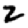
Digit: 2